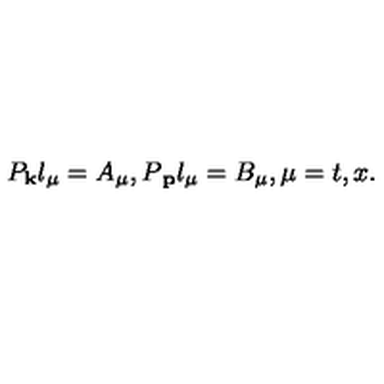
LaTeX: P _ { { \bf k } } l _ { \mu } = A _ { \mu } , P { \bf _ p } l _ { \mu } = B _ { \mu } , \mu = t , x .